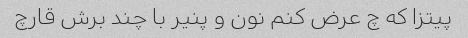
پیتزا که چ عرض کنم نون و پنیر با چند برش قارچ